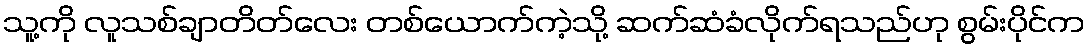
သူ့ကို လူသစ်ချာတိတ်လေး တစ်ယောက်ကဲ့သို့ ဆက်ဆံခံလိုက်ရသည်ဟု စွမ်းပိုင်က